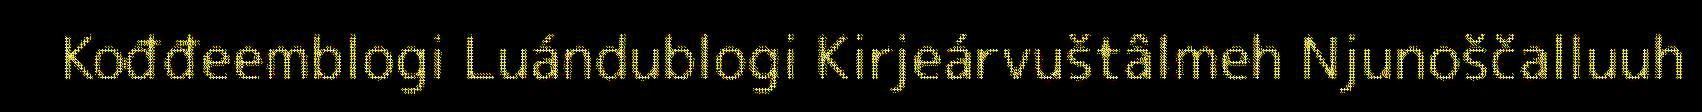
Kođđeemblogi Luándublogi Kirjeárvuštâlmeh Njunoščalluuh